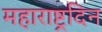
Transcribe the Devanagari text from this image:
महाराष्ट्रदिन